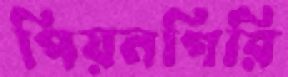
পিয়নগিরি